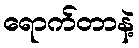
ရောက်တာနဲ့